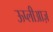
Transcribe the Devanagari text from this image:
ऊप्लीआज़